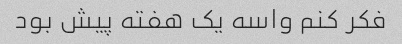
فکر کنم واسه یک هفته پیش بود